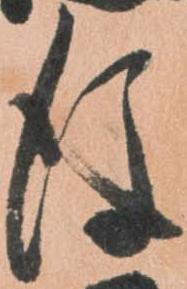
後